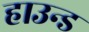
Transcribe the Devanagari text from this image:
हाउन्ड